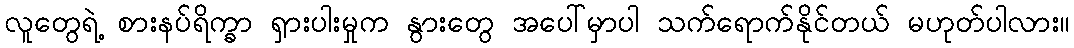
လူတွေရဲ့ စားနပ်ရိက္ခာ ရှားပါးမှုက နွားတွေ အပေါ်မှာပါ သက်ရောက်နိုင်တယ် မဟုတ်ပါလား။